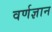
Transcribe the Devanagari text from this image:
वर्णज्ञान